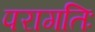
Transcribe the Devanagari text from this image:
परागतिः